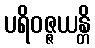
ပရိဝဇ္ဇယန္တိ